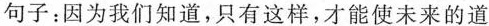
句子：因为我们知道，只有这样，才能使未来的道